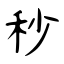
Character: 秒